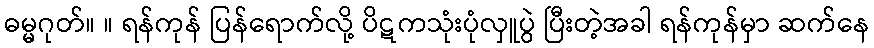
ဓမ္မဂုတ်။ ။ ရန်ကုန် ပြန်ရောက်လို့ ပိဋကသုံးပုံလှူပွဲ ပြီးတဲ့အခါ ရန်ကုန်မှာ ဆက်နေ